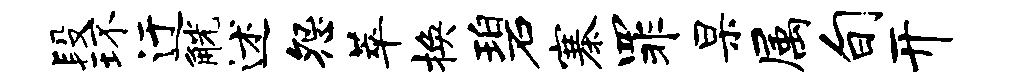
段环迂觥述怨萃换碧寨罪杲属旬开